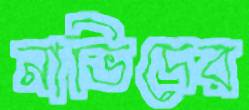
নাভিদের